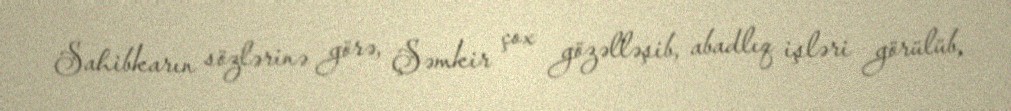
Sahibkarın sözlərinə görə, Şəmkir çox gözəlləşib, abadlıq işləri görülüb,